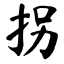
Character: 拐